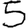
Digit: 5